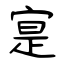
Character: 寔